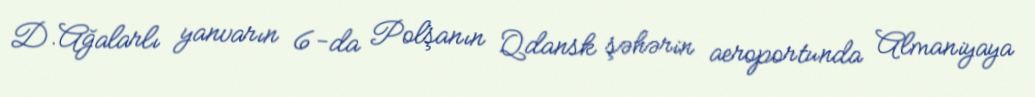
D.Ağalarlı yanvarın 6-da Polşanın Qdansk şəhərin aeroportunda Almaniyaya